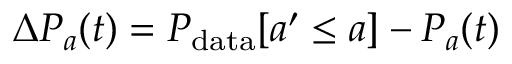
\Delta P _ { a } ( t ) = P _ { \mathrm { d a t a } } [ a ^ { \prime } \leq a ] - P _ { a } ( t )